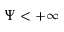
\Psi < + \infty